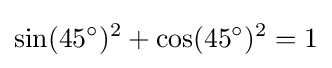
\sin(45^{\circ })^{2}+\cos(45^{\circ })^{2}=1